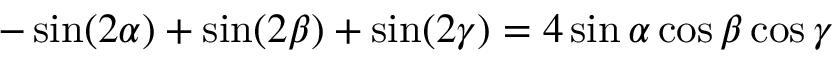
- \sin ( 2 \alpha ) + \sin ( 2 \beta ) + \sin ( 2 \gamma ) = 4 \sin \alpha \cos \beta \cos \gamma